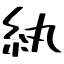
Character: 紈